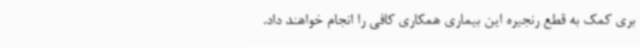
بری کمک به قطع رنجیره این بیماری همکاری کافی را انجام خواهند داد.